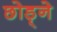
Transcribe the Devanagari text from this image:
छोड़्ने